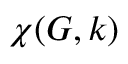
\chi ( G , k )